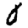
Digit: 0